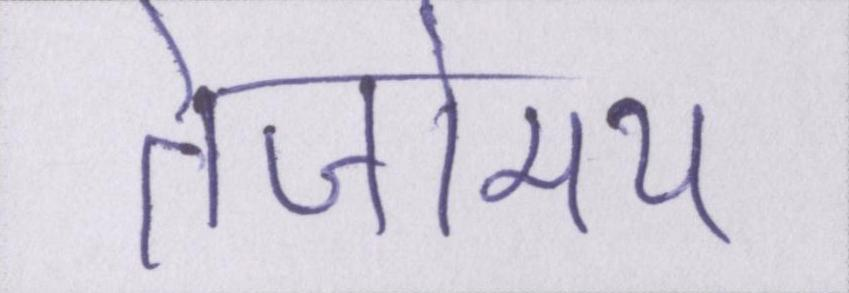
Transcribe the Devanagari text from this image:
तेजोमय